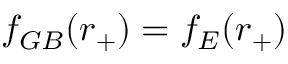
f _ { G B } ( r _ { + } ) = f _ { E } ( r _ { + } )